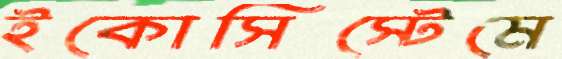
ইকোসিস্টেমে